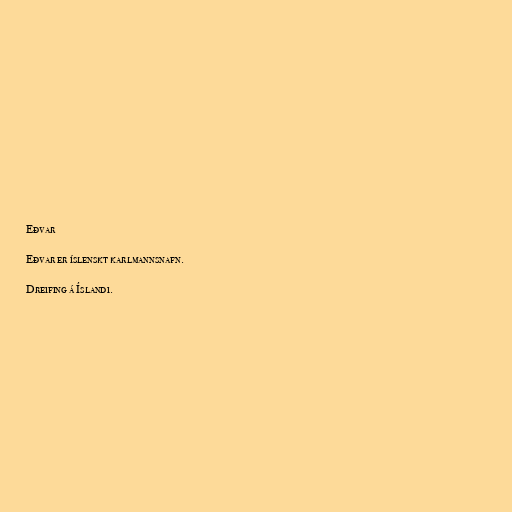
Eðvar

Eðvar er íslenskt karlmannsnafn.

Dreifing á Íslandi.